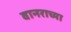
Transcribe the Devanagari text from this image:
वानराच्या